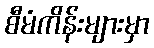
စီမံကိန်းများမှာ